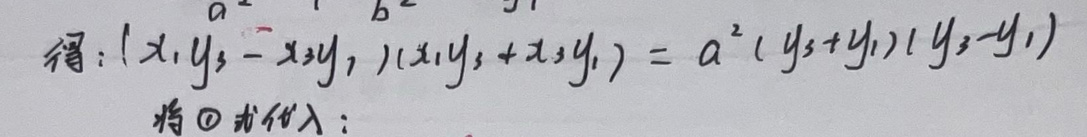
得：\((x_1y_3 - x_3y_1)(x_1y_3 + x_3y_1)=a^2(y_3 + y_1)(y_3 - y_1)\)
将\(\textcircled{7}\)代入：